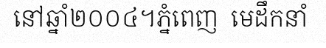
នៅឆ្នាំ២០០៤។ភ្នំពេញ  មេដឹកនាំ